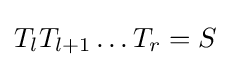
T_{l}T_{l+1}\dots T_{r}=S